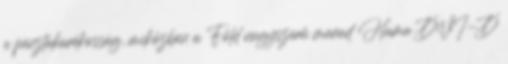
a pénztakarékosság, miközben a Föld nagyszerű marad Hama DVI-D